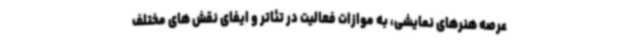
عرصه هنرهای نمایشی، به موازات فعالیت در تئاتر و ایفای نقش های مختلف